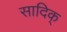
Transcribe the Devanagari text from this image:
सादिक्